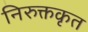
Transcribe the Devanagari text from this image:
निरुक्तकृत